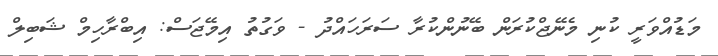
މަޑުއްވަރީ ކުނި މެނޭޖްކުރަން ބޭނުންކުރާ ސަރަހައްދު - ވަގުތު އިމޭޖަސް: އިބްރާހިމް ޝަބިލް